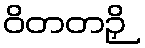
ဝိတတဉှိ